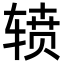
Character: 𮝷